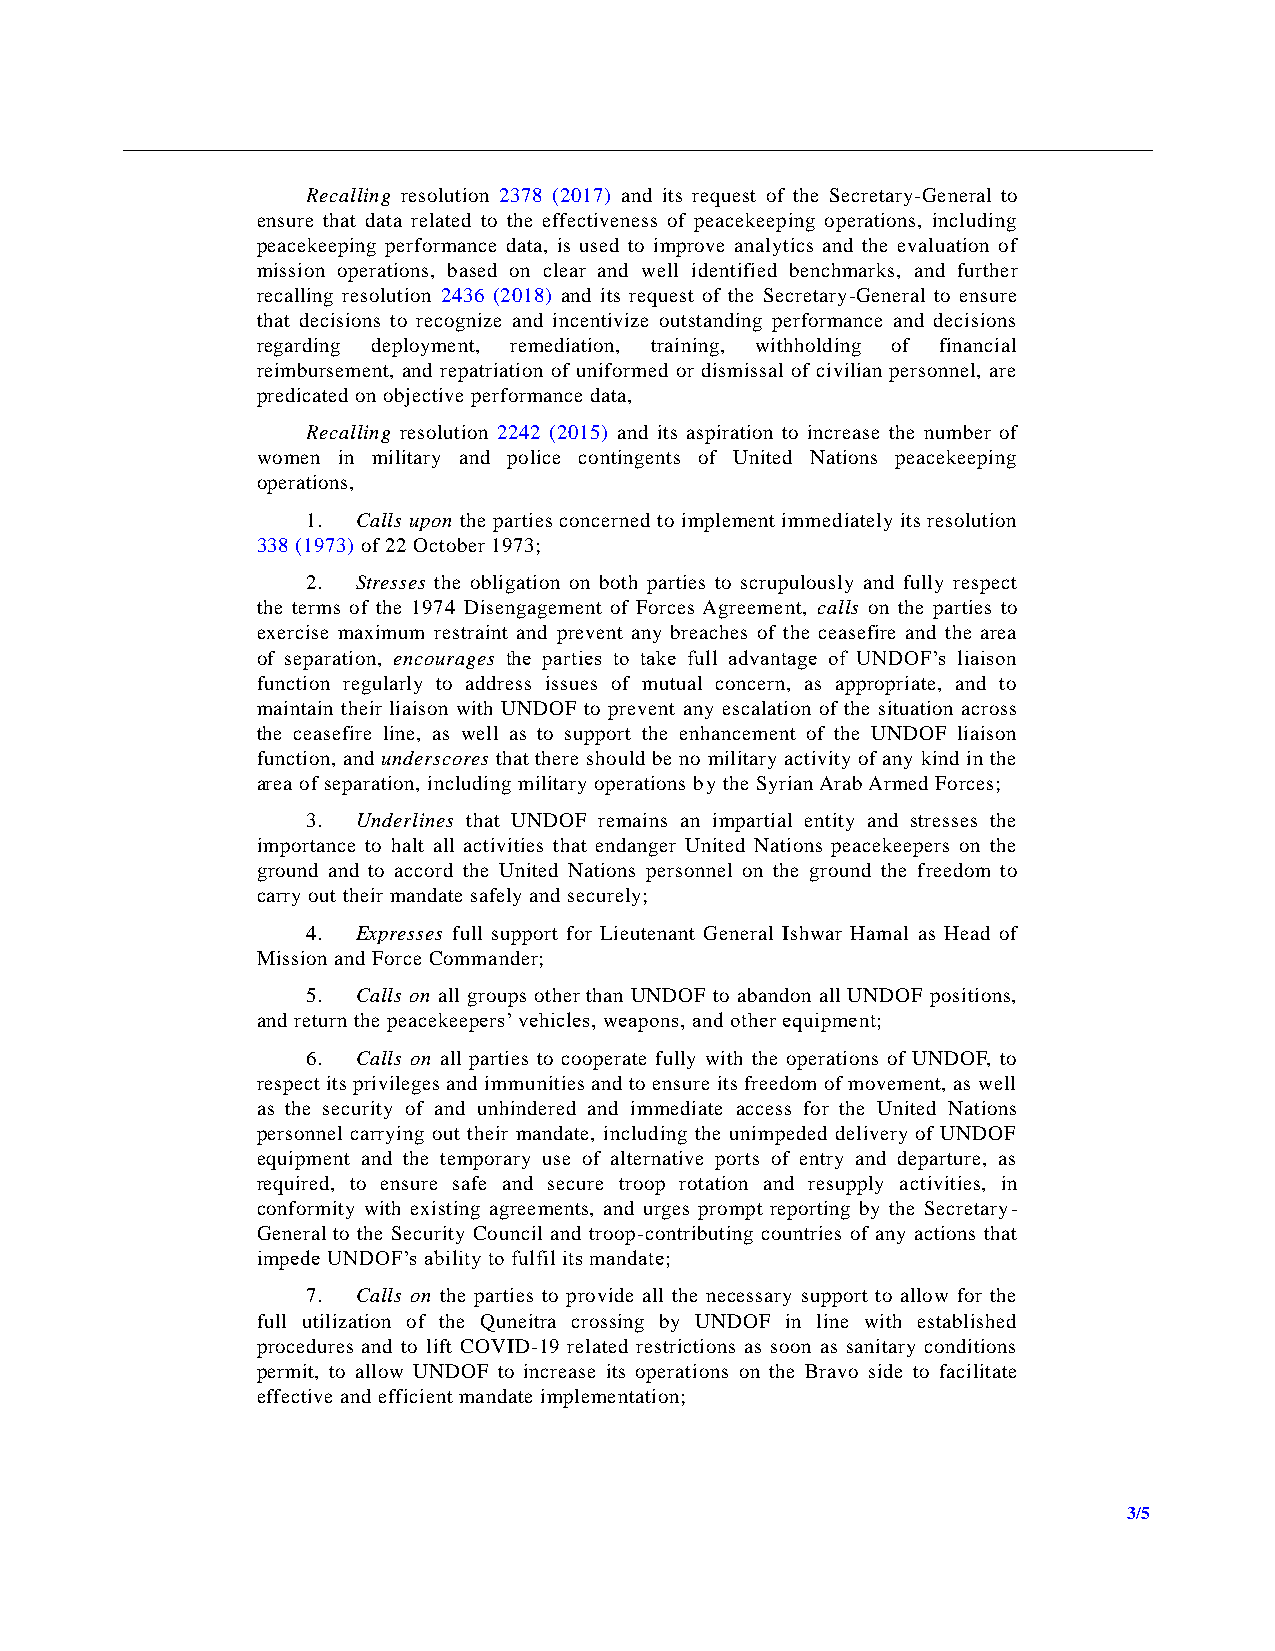
Recalling resolution 2378 (2017) and its request of the Secretary-General to
 ensure that data related to the effectiveness of peacekeeping operations, including
 peacekeeping performance data, is used to improve analytics and the evaluation of
 mission operations, based on clear and well identified benchmarks, and further
 recalling resolution 2436 (2018) and its request of the Secretary-General to ensure
 that decisions to recognize and incentivize outstanding performance and decisions
 regarding deployment, remediation, training, withholding of financial
 reimbursement, and repatriation of uniformed or dismissal of civilian personnel, are
 predicated on objective performance data,
 Recalling resolution 2242 (2015) and its aspiration to increase the number of
 women in military and police contingents of United Nations peacekeeping
 operations,
 1.  Calls upon the parties concerned to implement immediately its resolution
 338 (1973) of 22 October 1973;
 2.  Stresses the obligation on both parties to scrupulously and fully respect
 the terms of the 1974 Disengagement of Forces Agreement, calls on the parties to
 exercise maximum restraint and prevent any breaches of the ceasefire and the area
 of separation, encourages the parties to take full advantage of UNDOF’s liaison
 function regularly to address issues of mutual concern, as appropriate, and to
 maintain their liaison with UNDOF to prevent any escalation of the situation across
 the ceasefire line, as well as to support the enhancement of the UNDOF liaison
 function, and underscores that there should be no military activity of any kind in the
 area of separation, including military operations by the Syrian Arab Armed Forces;
 3.  Underlines that UNDOF remains an impartial entity and stresses the
 importance to halt all activities that endanger United Nations peacekeepers on the
 ground and to accord the United Nations personnel on the ground the freedom to
 carry out their mandate safely and securely;
 4.  Expresses full support for Lieutenant General Ishwar Hamal as Head of
 Mission and Force Commander;
 5.  Calls on all groups other than UNDOF to abandon all UNDOF positions,
 and return the peacekeepers’ vehicles, weapons, and other equipment;
 6.  Calls on all parties to cooperate fully with the operations of UNDOF, to
 respect its privileges and immunities and to ensure its freedom of movement, as well
 as the security of and unhindered and immediate access for the United Nations
 personnel carrying out their mandate, including the unimpeded delivery of UNDOF
 equipment and the temporary use of alternative ports of entry and departure, as
 required, to ensure safe and secure troop rotation and resupply activities, in
 conformity with existing agreements, and urges prompt reporting by the Secretary-
 General to the Security Council and troop-contributing countries of any actions that
 impede UNDOF’s ability to fulfil its mandate;
 7.  Calls on the parties to provide all the necessary support to allow for the
 full utilization of the Quneitra crossing by UNDOF in line with established
 procedures and to lift COVID-19 related restrictions as soon as sanitary conditions
 permit, to allow UNDOF to increase its operations on the Bravo side to facilitate
 effective and efficient mandate implementation;
 3/5